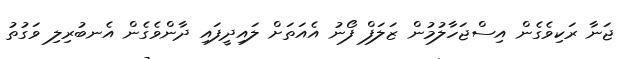
ޖަނާ ރަކިވެގެން އިސްޖަހާލުމުން ޒަލަފް ފޯނު އެއަތަށް ލައިދީފައި ދާންވެގެން އެނބުރިލި ވަގުތު